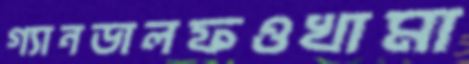
গ্যানডালফওখামা